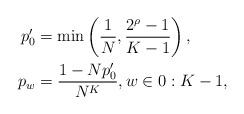
LaTeX: \begin{align*} p'_0 &= \min\left(\frac{1}{N},\frac{2^\rho-1}{K-1}\right),\\ p_w &= \frac{1-Np'_0}{N^K},w \in 0:K-1,\end{align*}